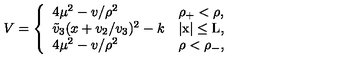
V = \left\{ \begin{array} { l l } { 4 \mu ^ { 2 } - v / \rho ^ { 2 } } & { \mathrm { \rho _ { + } < \rho , } } \\ { \tilde { v } _ { 3 } ( x + v _ { 2 } / v _ { 3 } ) ^ { 2 } - k } & { \mathrm { | x | \leq L , } } \\ { 4 \mu ^ { 2 } - v / \rho ^ { 2 } } & { \mathrm { \rho < \rho _ { - } , } } \\ \end{array} \right.